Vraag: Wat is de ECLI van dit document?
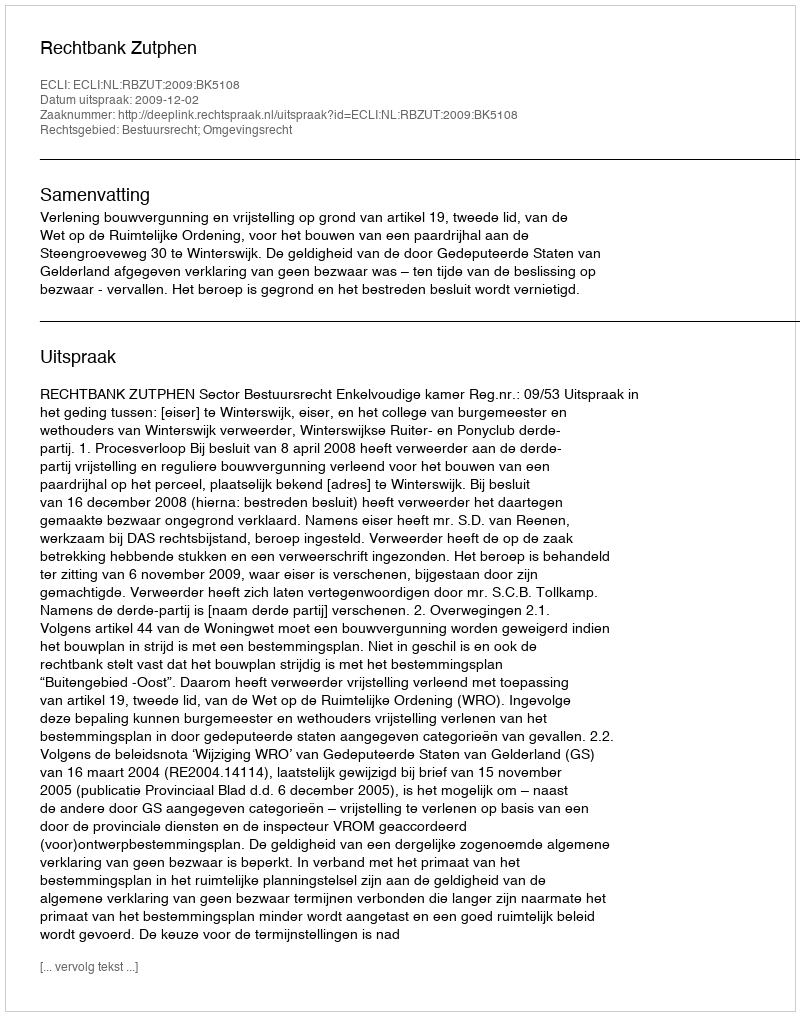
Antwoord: ECLI:NL:RBZUT:2009:BK5108